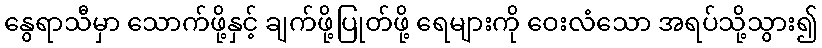
နွေရာသီမှာ သောက်ဖို့နှင့် ချက်ဖို့ပြုတ်ဖို့ ရေများကို ဝေးလံသော အရပ်သို့သွား၍